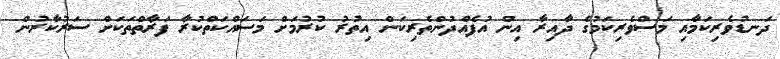
ދަނޑުވެރިކަމާއި މަސްވެރިކަމުގެ ދާއިރާ އިން އުފެއްދުންތެރިކަން އިތުރު ކުރުމަށް މަސައްކަތްކުރާ ފަރާތްތަކަށް ސަރުކާރުން